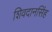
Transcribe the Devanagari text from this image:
शिवदानसिंह